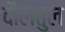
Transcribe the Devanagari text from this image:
दौलतुल